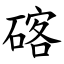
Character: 碦